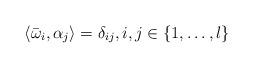
LaTeX: \begin{align*} \langle \bar\omega_i, \alpha_j \rangle = \delta_{ij}, i,j \in \{1,\dots,l \}\end{align*}